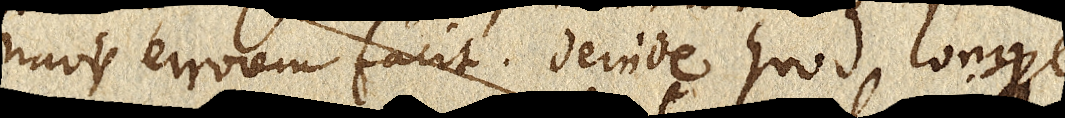
navis errorem facit. Deinde quod longe